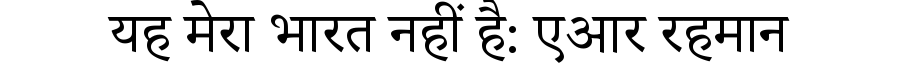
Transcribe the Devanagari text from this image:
यह मेरा भारत नहीं है: एआर रहमान